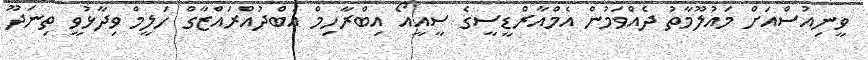
ވީނިއުސްއަށް މައުލޫމާތު ދެއްވަމުން އެމްއާރްޑީސީގެ ސީއީއޯ އިބްރާހިމް އަބްދުއްރައްޒާގް ހަލީމް ވިދާޅުވީ ތިނަދޫ